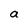
Character: a